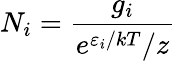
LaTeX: N_{i}={\frac{g_{i}}{e^{\varepsilon_{i}/kT}/z}}